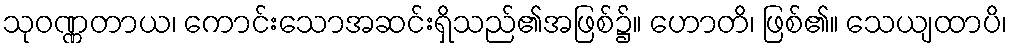
သုဝဏ္ဏတာယ၊ ကောင်းသောအဆင်းရှိသည်၏အဖြစ်၌။ ဟောတိ၊ ဖြစ်၏။ သေယျထာပိ၊